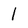
Character: 1